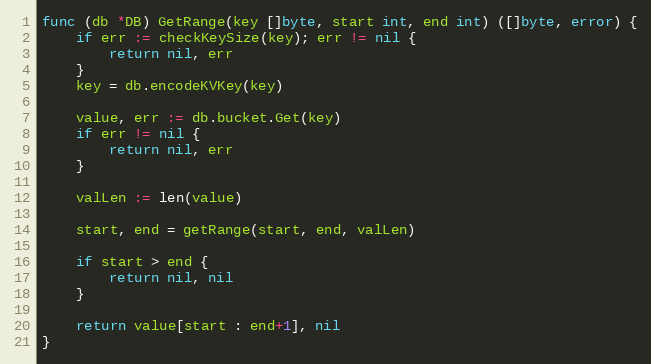
Language: Go
func (db *DB) GetRange(key []byte, start int, end int) ([]byte, error) {
	if err := checkKeySize(key); err != nil {
		return nil, err
	}
	key = db.encodeKVKey(key)

	value, err := db.bucket.Get(key)
	if err != nil {
		return nil, err
	}

	valLen := len(value)

	start, end = getRange(start, end, valLen)

	if start > end {
		return nil, nil
	}

	return value[start : end+1], nil
}